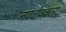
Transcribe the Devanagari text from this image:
नवजीवकल्प